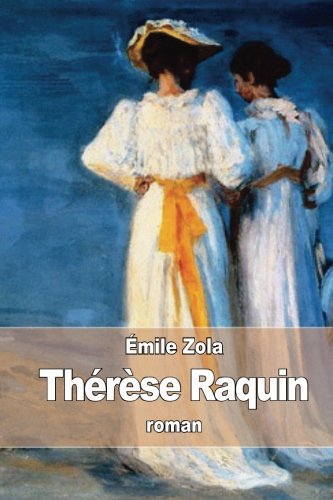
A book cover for ThÃ©rÃ¨se Raquin (French Edition); ÃEmile Zola; Romance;